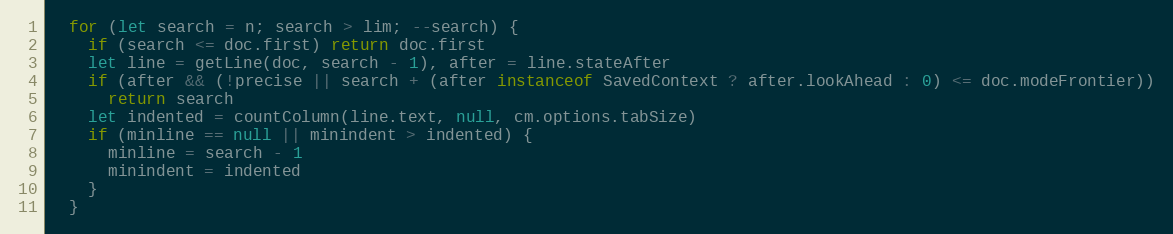
Language: JavaScript
  for (let search = n; search > lim; --search) {
    if (search <= doc.first) return doc.first
    let line = getLine(doc, search - 1), after = line.stateAfter
    if (after && (!precise || search + (after instanceof SavedContext ? after.lookAhead : 0) <= doc.modeFrontier))
      return search
    let indented = countColumn(line.text, null, cm.options.tabSize)
    if (minline == null || minindent > indented) {
      minline = search - 1
      minindent = indented
    }
  }